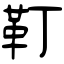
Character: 靪